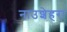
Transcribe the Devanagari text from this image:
नाउशेहरा